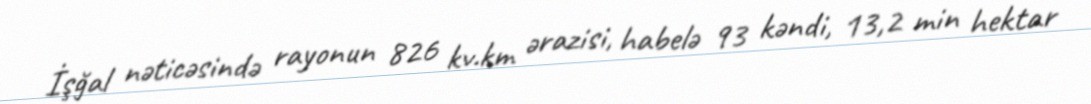
İşğal nəticəsində rayonun 826 kv.km ərazisi, habelə 93 kəndi, 13,2 min hektar